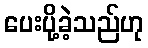
ပေးပို့ခဲ့သည်ဟု